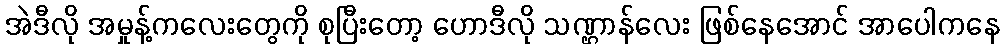
အဲဒီလို အမှုန့်ကလေးတွေကို စုပြီးတော့ ဟောဒီလို သဏ္ဌာန်လေး ဖြစ်နေအောင် အာပေါကနေ